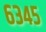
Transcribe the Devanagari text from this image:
६३४५